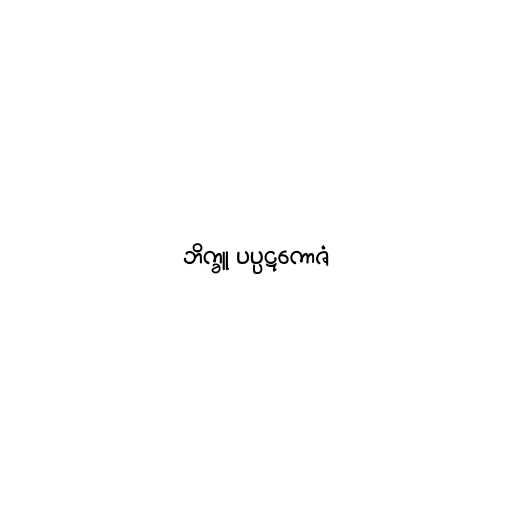
ဘိက္ခူ ပပ္ပဋကောဇံ